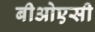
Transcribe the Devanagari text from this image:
बीओएसी